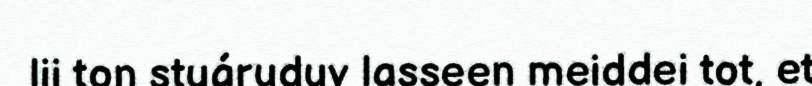
lii ton stuáruduv lasseen meiddei tot, et